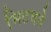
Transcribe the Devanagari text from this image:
मिटवते